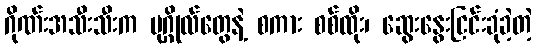
ဂိုဏ်းအသီးသီးက ပုဂ္ဂိုလ်တွေနဲ့ စကား စစ်ထိုး၊ ဆွေးနွေးငြင်းခုံခဲ့တဲ့